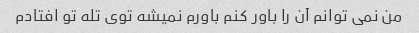
من نمی توانم آن را باور کنم باورم نمیشه توی تله تو افتادم